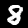
Digit: 8